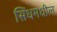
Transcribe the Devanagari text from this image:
सिंधमधील